Scottish Leaving Certificate Examination, 1958
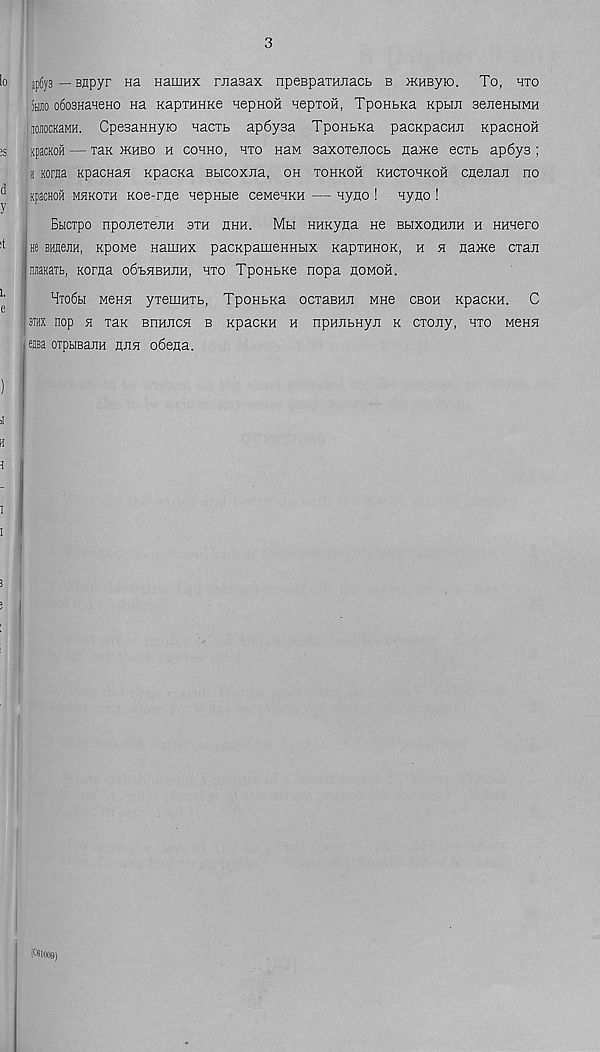
3p6y3 — sapyr Ha Hauinx masax npeBparanacb b MHByio. To, hto
mo o6o3HaHeHO na KapraHKe nepHOH HeproH, TpoHbKa Kpbm sejieHHMH
iioiocKaMH. CpesaHHyio nacTb ap6ysa TpoHbKa pacKpacrai KpacnoH
jpacKOH — rax mhbo h cohho, hto HaM saxoTenocb name ecxb ap6y3 ;
h Korea KpacnaH Kpacna Bbicoxna, oh tohkoh khctohkoh cnejiaji no
Kpacoofi mhkoth Koe-rfle nepHbie ceMeHKH — nyno ! nyao !
Bbicxpo npojiexejiH sth hhh. Mbi HHKyna ho BbixonHnH h Hunero
hc BHuejiH, Kpowe Haiunx pacKpameHHbix KapxHHOK, h h nance cxaji
nraaib, Korna 06X.HBHJ1H, hto TponbRe nopa homoh.
Hto6h M6HH yxeUlHTb, TpoHbKa OCTaBHJI MHe cboh KpaCKH. C
3THX nop H Tax BnHJICH B KpaCKH H npHJIbHyJl K CTOJiy, HTO MeHH
ejsa orptiBajiH hjih o6ena.